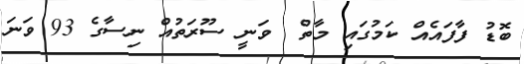
ބޮޑު ފާފައެއް ކަމުގައި މާތް  ވަނީ ސޫރަތުއް ނިސާގެ 93 ވަނަ